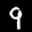
Label: 9